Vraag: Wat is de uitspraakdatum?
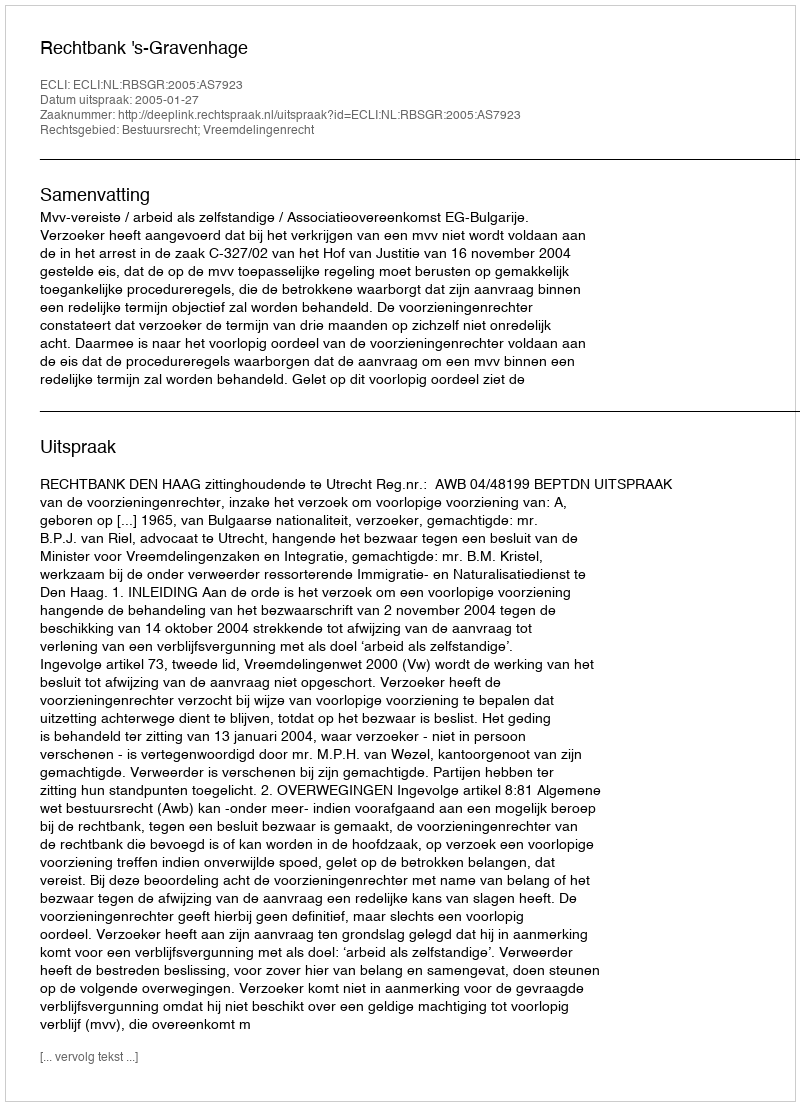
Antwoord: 2005-01-27